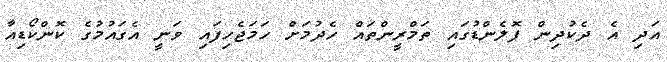
އަދި އެ ދެކުދިން ޕޮލެންޑުގައި ތަމްރީންތައް ހެދުމަށް ހަމަޖެހިފައި ވަނީ އެގައުމުގެ ކޮންކޯޑިއާ